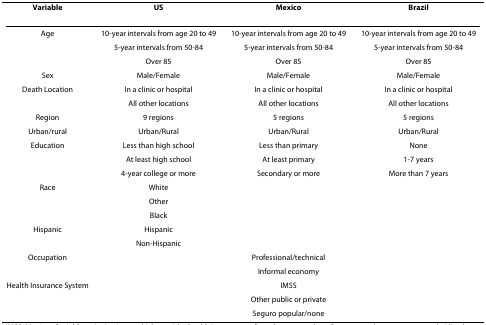
<table><thead><tr><td><b>Variable</b></td><td><b>US</b></td><td><b>Mexico</b></td><td><b>Brazil</b></td></tr></thead><tbody><tr><td>Age</td><td>10-year intervals from age 20 to 49</td><td>10-year intervals from age 20 to 49</td><td>10-year intervals from age 20 to 49</td></tr><tr><td></td><td>5-year intervals from 50-84</td><td>5-year intervals from 50-84</td><td>5-year intervals from 50-84</td></tr><tr><td></td><td>Over 85</td><td>Over 85</td><td>Over 85</td></tr><tr><td>Sex</td><td>Male/Female</td><td>Male/Female</td><td>Male/Female</td></tr><tr><td>Death Location</td><td>In a clinic or hospital</td><td>In a clinic or hospital</td><td>In a clinic or hospital</td></tr><tr><td></td><td>All other locations</td><td>All other locations</td><td>All other locations</td></tr><tr><td>Region</td><td>9 regions</td><td>5 regions</td><td>5 regions</td></tr><tr><td>Urban/rural</td><td>Urban/Rural</td><td>Urban/Rural</td><td>Urban/Rural</td></tr><tr><td>Education</td><td>Less than high school</td><td>Less than primary</td><td>None</td></tr><tr><td></td><td>At least high school</td><td>At least primary</td><td>1-7 years</td></tr><tr><td></td><td>4-year college or more</td><td>Secondary or more</td><td>More than 7 years</td></tr><tr><td>Race</td><td>White</td><td></td><td></td></tr><tr><td></td><td>Other</td><td></td><td></td></tr><tr><td></td><td>Black</td><td></td><td></td></tr><tr><td>Hispanic</td><td>Hispanic</td><td></td><td></td></tr><tr><td></td><td>Non-Hispanic</td><td></td><td></td></tr><tr><td>Occupation</td><td></td><td>Professional/technical</td><td></td></tr><tr><td></td><td></td><td>Informal economy</td><td></td></tr><tr><td>Health Insurance System</td><td></td><td>IMSS</td><td></td></tr><tr><td></td><td></td><td>Other public or private</td><td></td></tr><tr><td></td><td></td><td>Seguro popular/none</td><td></td></tr></tbody></table>